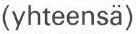
(yhteensä)